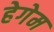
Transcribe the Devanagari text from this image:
हेगेम